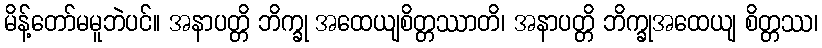
မိန့်တော်မမူဘဲပင်။ အနာပတ္တိ ဘိက္ခု အထေယျစိတ္တဿာတိ၊ အနာပတ္တိ ဘိက္ခုအထေယျ စိတ္တဿ၊